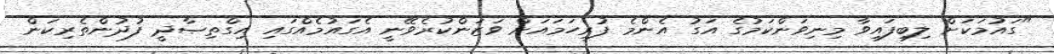
"ގައުމަކަށް ލިބިފައިވާ މިނިވަންކަމުގެ އަގު އެންމެ ފުރިހަމައަށް ވަޒަންކުރެވޭނީ އެގައުމެއްގައި އިގްތިޞާދީ ފުދުންތެރިކަން